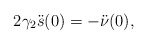
\begin{align*}2\gamma_2\ddot s(0) = -\ddot{\nu}(0),\end{align*}